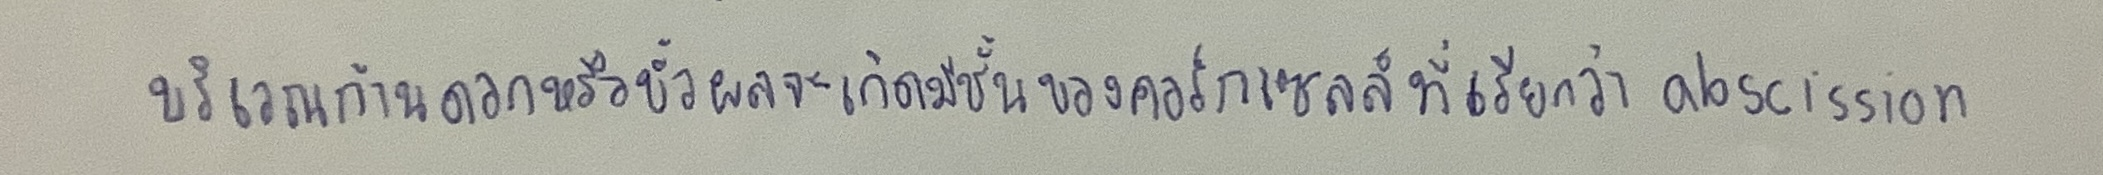
บริเวณก้านดอกหรือขั้วผลจะเกิดมีชั้นของคอร์กเซลล์ที่เรียกว่าabscission